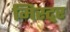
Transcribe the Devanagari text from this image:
मिस्ट्र्र्र्र